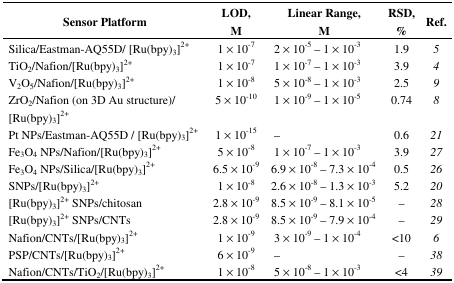
<table><thead><tr><td><b>Sensor Platform</b></td><td><b>LOD, M</b></td><td><b>Linear Range, M</b></td><td><b>RSD, %</b></td><td><b>Ref.</b></td></tr></thead><tbody><tr><td>Silica/Eastman-AQ55D/ [Ru(bpy)<sub>3</sub>]<sup>2+</sup></td><td>1 × 10<sup>-7</sup></td><td>2 × 10<sup>-5</sup> – 1 × 10<sup>-3</sup></td><td>1.9</td><td>5</td></tr><tr><td>TiO<sub>2</sub>/Nafion/[Ru(bpy)<sub>3</sub>]<sup>2+</sup></td><td>1 × 10<sup>-7</sup></td><td>1 × 10<sup>-7</sup> – 1 × 10<sup>-3</sup></td><td>3.9</td><td>4</td></tr><tr><td>V<sub>2</sub>O<sub>5</sub>/Nafion/[Ru(bpy)<sub>3</sub>]<sup>2+</sup></td><td>1 × 10<sup>-8</sup></td><td>5 × 10<sup>-8</sup> – 1 × 10<sup>-3</sup></td><td>2.5</td><td>9</td></tr><tr><td>ZrO<sub>2</sub>/Nafion (on 3D Au structure)/ [Ru(bpy)<sub>3</sub>]<sup>2+</sup></td><td>5 × 10<sup>-10</sup></td><td>1 × 10<sup>-9</sup> – 1 × 10<sup>-5</sup></td><td>0.74</td><td>8</td></tr><tr><td>Pt NPs/Eastman-AQ55D / [Ru(bpy)<sub>3</sub>]<sup>2+</sup></td><td>1 × 10<sup>-15</sup></td><td>–</td><td>0.6</td><td>21</td></tr><tr><td>Fe<sub>3</sub>O<sub>4</sub> NPs/Nafion/[Ru(bpy)<sub>3</sub>]<sup>2+</sup></td><td>5 × 10<sup>-8</sup></td><td>1 × 10<sup>-7</sup> – 1 × 10<sup>-3</sup></td><td>3.9</td><td>27</td></tr><tr><td>Fe<sub>3</sub>O<sub>4</sub> NPs/Silica/[Ru(bpy)<sub>3</sub>]<sup>2+</sup></td><td>6.5 × 10<sup>-9</sup></td><td>6.9 × 10<sup>-8</sup> – 7.3 × 10<sup>-4</sup></td><td>0.5</td><td>26</td></tr><tr><td>SNPs/[Ru(bpy)<sub>3</sub>]<sup>2+</sup></td><td>1 × 10<sup>-8</sup></td><td>2.6 × 10<sup>-8</sup> – 1.3 × 10<sup>-3</sup></td><td>5.2</td><td>20</td></tr><tr><td>[Ru(bpy)<sub>3</sub>]<sup>2+</sup> SNPs/chitosan</td><td>2.8 × 10<sup>-9</sup></td><td>8.5 × 10<sup>-9</sup> – 8.1 × 10<sup>-5</sup></td><td>–</td><td>28</td></tr><tr><td>[Ru(bpy)<sub>3</sub>]<sup>2+</sup> SNPs/CNTs</td><td>2.8 × 10<sup>-9</sup></td><td>8.5 × 10<sup>-9</sup> – 7.9 × 10<sup>-4</sup></td><td>–</td><td>29</td></tr><tr><td>Nafion/CNTs/[Ru(bpy)<sub>3</sub>]<sup>2+</sup></td><td>1 × 10<sup>-9</sup></td><td>3 × 10<sup>-9</sup> – 1 × 10<sup>-4</sup></td><td>&lt;10</td><td>6</td></tr><tr><td>PSP/CNTs/[Ru(bpy)<sub>3</sub>]<sup>2+</sup></td><td>6 × 10<sup>-9</sup></td><td>–</td><td>–</td><td>38</td></tr><tr><td>Nafion/CNTs/TiO<sub>2</sub>/[Ru(bpy)<sub>3</sub>]<sup>2+</sup></td><td>1 × 10<sup>-8</sup></td><td>5 × 10<sup>-8</sup> – 1 × 10<sup>-3</sup></td><td>&lt;4</td><td>39</td></tr></tbody></table>